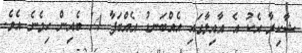
ޝާކިރާ އެކު އެ އާއިލާގައި އެއްބަނޑު އެއްބަފާ 14 ބެއިން ހިމެނެ އެވެ.